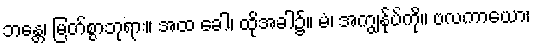
ဘန္တေ၊ မြတ်စွာဘုရား။ အထ ခေါ၊ ထိုအခါ၌။ မံ၊ အကျွန်ုပ်ကို။ ဗလကာယော၊